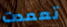
تعمدت